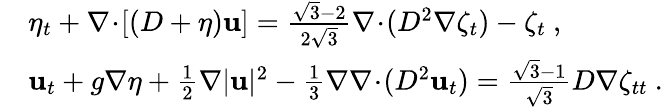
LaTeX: \begin{array}{rl}&{\eta_{t}+\nabla\! \cdot\! [(D+\eta)\mathbf{u}]=\frac{\sqrt{3}-2}{2\sqrt{3}}\nabla\! \cdot\! (D^{2}\nabla\zeta_{t})-\zeta_{t}\ ,}\\ &{\mathbf{u}_{t}+g\nabla\eta+\frac{1}{2}\nabla|\mathbf{u}|^{2}-\frac{1}{3}\nabla\nabla\! \cdot\! (D^{2}\mathbf{u}_{t})=\frac{\sqrt{3}-1}{\sqrt{3}}D\nabla\zeta_{tt}\ .}\end{array}